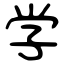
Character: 学